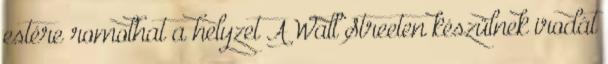
estére romolhat a helyzet A Wall Streeten készülnek irodát